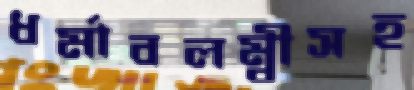
ধর্মাবলম্বীসহ